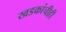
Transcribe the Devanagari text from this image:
खडकांचीही